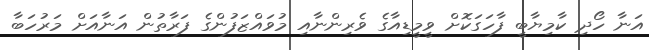
އަނާ ހޯދި ކާމިޔާބީ ފާހަގަކޮށް ވީމީޑިއާގެ ވެރިންނާއި މުވައްޒަފުންގެ ފަރާތުން އަނާއަަށް މަރުހަބާ